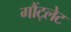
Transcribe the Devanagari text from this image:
गौंट्लेट